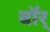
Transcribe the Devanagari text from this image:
वॉर्